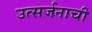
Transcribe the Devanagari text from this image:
उत्सर्जनाची